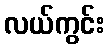
လယ်ကွင်း